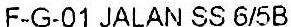
F-G-01 JALAN SS 6/5B